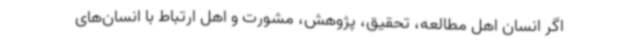
اگر انسان اهل مطالعه، تحقیق، پژوهش، مشورت و اهل ارتباط با انسان‌های